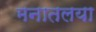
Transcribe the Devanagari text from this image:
मनातलया